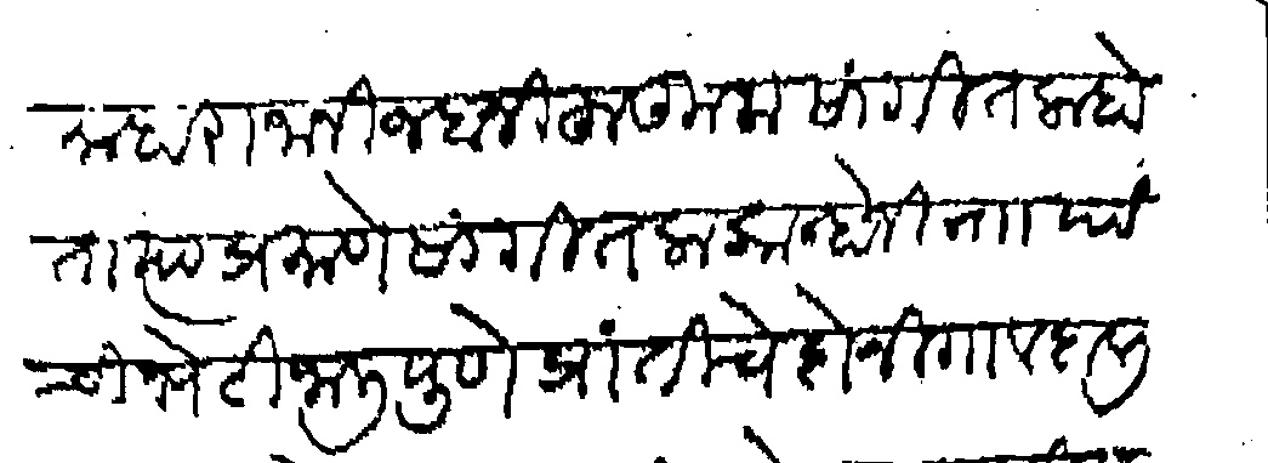
Transliteration (Devanagari): माहाराजानी जबानी हुकूम सांगितला होता त्या प्रमाणे सांगीतला कान्होजी नाा यांची भेटीजाली पुणे प्रांतीचे दोनी गाव दालीब